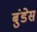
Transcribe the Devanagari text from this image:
बुंडेस